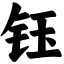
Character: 钰